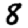
Digit: 8